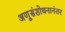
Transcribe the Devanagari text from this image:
अणूसंशोधनानंतर